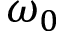
\omega _ { 0 }